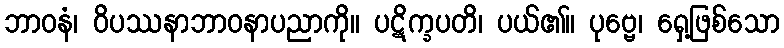
ဘာဝနံ၊ ဝိပဿနာဘာဝနာပညာကို။ ပဋိက္ခပတိ၊ ပယ်၏။ ပုဗ္ဗေ၊ ရှေ့ဖြစ်သော